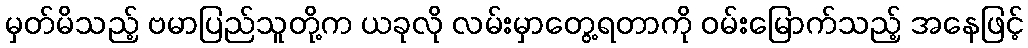
မှတ်မိသည့် ဗမာပြည်သူတို့က ယခုလို လမ်းမှာတွေ့ရတာကို ဝမ်းမြောက်သည့် အနေဖြင့်